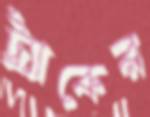
ট্র্যাকের